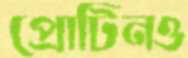
প্রোটিনও